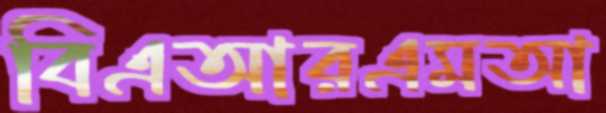
বিএআরএমআ